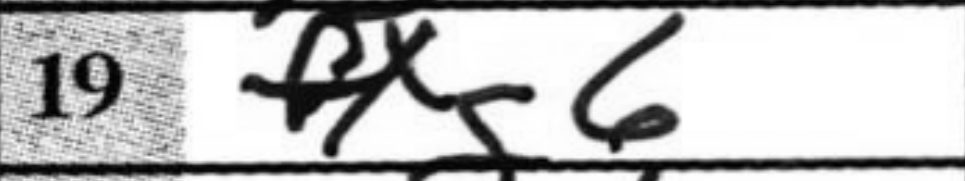
Transcription: fxg6